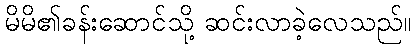
မိမိ၏ခန်းဆောင်သို့ ဆင်းလာခဲ့လေသည်။